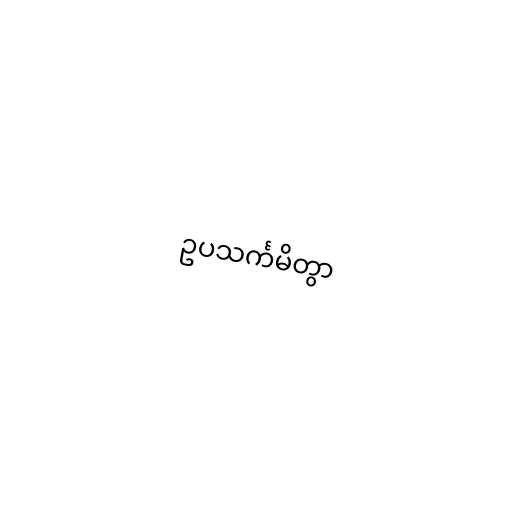
ဥပသင်္ကမိတွာ